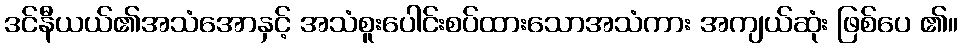
ဒင်နီယယ်၏အသံအောနှင့် အသံစူးပေါင်းစပ်ထားသောအသံကား အကျယ်ဆုံး ဖြစ်ပေ ၏။